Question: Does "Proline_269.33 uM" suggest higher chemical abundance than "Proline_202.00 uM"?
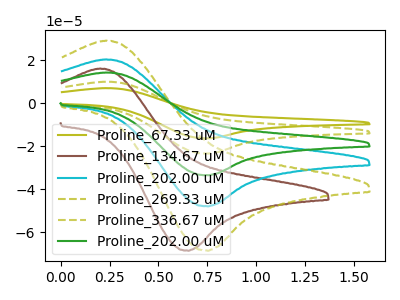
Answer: <think>The olive curve "Proline_67.33 uM" has an anodic peak at (0.25V, 81.10uA) and a cathodic peak at (0.75V, -192.10uA). The brown curve "Proline_134.67 uM" has an anodic peak at (0.20V, 16.05uA) and a cathodic peak at (0.65V, -68.65uA). The cyan curve "Proline_202.00 uM" has an anodic peak at (0.25V, 20.30uA) and a cathodic peak at (0.75V, -48.05uA). The olive dashed curve "Proline_269.33 uM" has an anodic peak at (0.25V, 29.00uA) and a cathodic peak at (0.75V, -68.65uA). The olive dashed curve "Proline_336.67 uM" has an anodic peak at (0.25V, 60.85uA) and a cathodic peak at (0.75V, -144.10uA). The green curve "Proline_202.00 uM" has an anodic peak at (0.25V, 40.55uA) and a cathodic peak at (0.75V, -96.05uA).
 All the peaks in "Proline_269.33 uM" have a peak in "Proline_202.00 uM" at the same potential. Every peak in "Proline_269.33 uM" is higher than every peak in "Proline_202.00 uM".</think>
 <answer>"Proline_269.33 uM" has more signal than "Proline_202.00 uM".</answer>
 <eval>more_signal</eval>